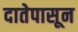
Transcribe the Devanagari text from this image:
दातेपासून